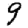
Digit: 9